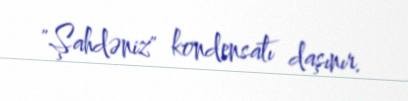
"Şahdəniz" kondensatı daşınır.